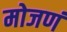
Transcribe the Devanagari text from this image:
मोजणं